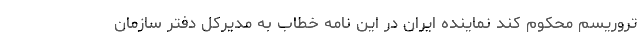
تروریسم محکوم کند نماینده ایران در این نامه خطاب به مدیرکل دفتر سازمان